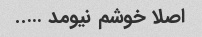
اصلا خوشم نیومد …..